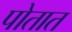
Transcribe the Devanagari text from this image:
पोतात